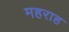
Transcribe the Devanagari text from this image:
महराह